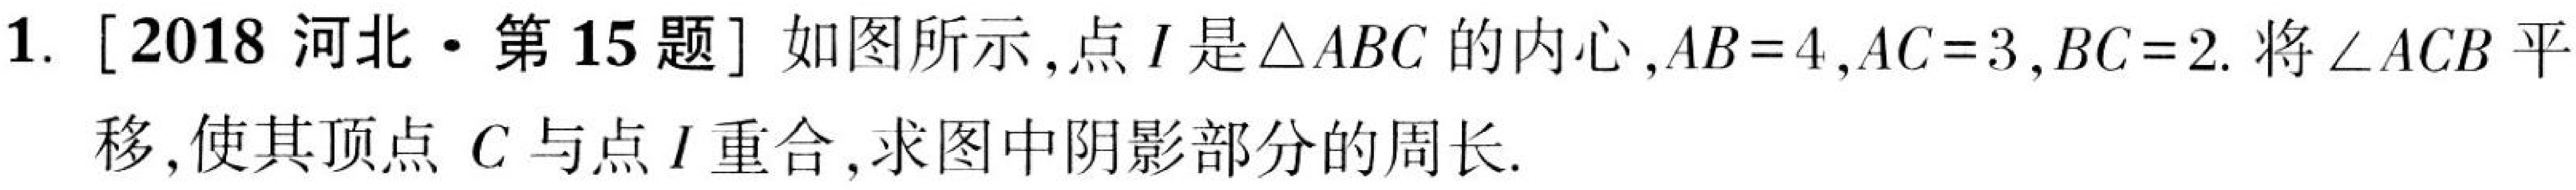
1. [2018 河北·第 15 题] 如图所示, 点 \(I\) 是 \(\triangle ABC\) 的内心, \(AB = 4\), \(AC = 3\), \(BC = 2\). 将 \(\angle ACB\) 平移, 使其顶点 \(C\) 与点 \(I\) 重合, 求图中阴影部分的周长.